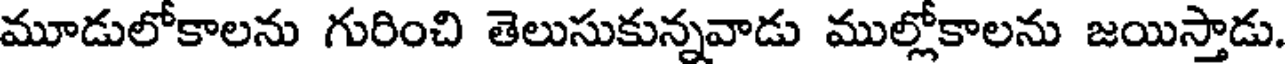
మూడులోకాలను గురించి తెలుసుకున్నవాడు ముల్లోకాలను జయిస్తాడు.